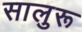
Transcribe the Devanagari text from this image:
सालुरू